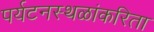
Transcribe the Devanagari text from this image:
पर्यटनस्थळांकरिता